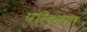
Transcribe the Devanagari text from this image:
परिक्वता